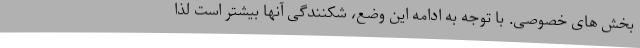
بخش های خصوصی. با توجه به ادامه این وضع، شکنندگی آنها بیشتر است لذا